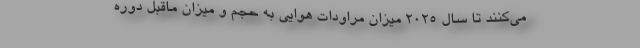
می‌کنند تا سال ۲۰۲۵ میزان مراودات هوایی به حجم و میزان ماقبل دوره